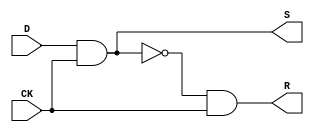
module D_logic(D,
               CK,
               S,
               R);
    input D, CK;
    output S, R;
    wire w;
    assign S = D & CK;
    assign R = w & CK;
    assign w = ~S;
endmodule
    
module testbench;
    reg D, CK;
    wire S, R;
    
    initial
    begin
        $dumpfile("dl.vcd");
        $dumpvars(0, testbench);
        $monitor("%t: D:%b CK:%b S:%b R:%b", $time, D, CK, S, R);
        D  <= 0;
        CK <= 0;
        #4
            $finish;
    end
    
    always #1
        D <= ~D;
    always #2
        CK <= ~CK;

    D_logic inst0 (D, CK, S, R);
endmodule